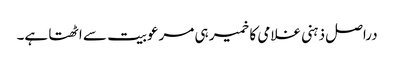
دراصل ذہنی غلامی کا خمیر ہی مرعوبیت سے اٹھتا ہے۔